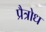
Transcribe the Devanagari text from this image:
प्रैत्रोध